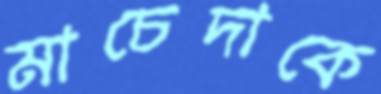
মাচেদাকে